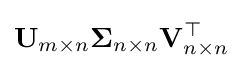
\mathbf {U} _{m\times n}{\boldsymbol {\Sigma }}_{n\times n}\mathbf {V} _{n\times n}^{\top }